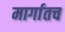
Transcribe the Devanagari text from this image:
मार्गातच